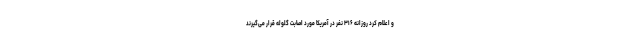
و اعلام کرد روزانه ۳۱۶ نفر در آمریکا مورد اصابت گلوله قرار می‌گیرند